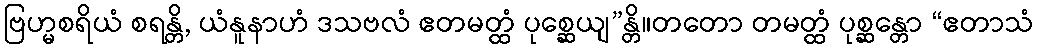
ဗြဟ္မစရိယံ စရန္တိ, ယံနူနာဟံ ဒသဗလံ ဧတမတ္ထံ ပုစ္ဆေယျ”န္တိ။တတော တမတ္ထံ ပုစ္ဆန္တော “ဧတာသံ